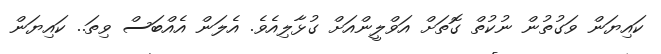
ކައިޔަން ވަގުތުން ނުކުތް ގޮތަށް އަވްލީންއަށް ގުޅާލިއެވެ. އެލަން އެއްބަސް ވިތަ.. ކައިޔަން